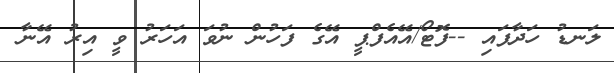
ލަނޑު ހަދާފައި --ފޮޓޯ/އޭއެފްޕީ އޭގެ ފަހުން ނުވަ އަހަރު ވީ އިރު އޭނާ